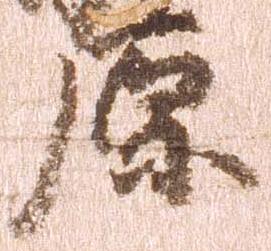
原